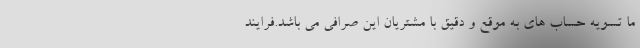
ما تسویه حساب های به موقع و دقیق با مشتریان این صرافی می باشد.فرایند